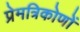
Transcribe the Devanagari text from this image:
प्रेमत्रिकोणों